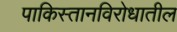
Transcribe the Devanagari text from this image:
पाकिस्तानविरोधातील